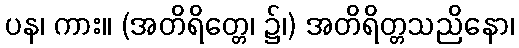
ပန၊ ကား။ (အတိရိတ္တေ၊ ၌၊) အတိရိတ္တသညိနော၊